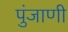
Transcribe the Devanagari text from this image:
पुंजाणी